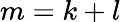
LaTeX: m=k+l